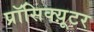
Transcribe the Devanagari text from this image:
प्रॉसिक्य़ूटर